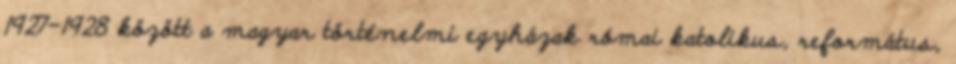
1927–1928 között a magyar történelmi egyházak római katolikus, református,